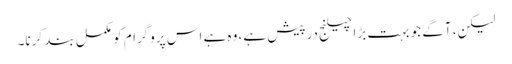
لیکن، آگے جو بہت بڑا چیلنج درپیش ہے، وہ ہے اس پروگرام کو مکمل بند کرنا۔